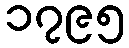
၁၇၉၅